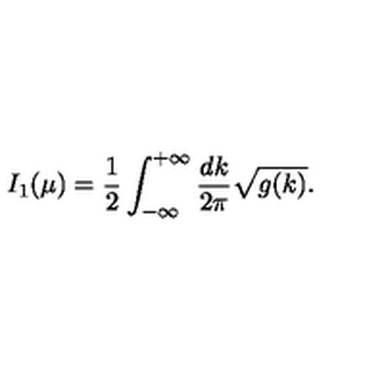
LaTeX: I _ { 1 } ( \mu ) = { \frac { 1 } { 2 } } \int _ { - \infty } ^ { + \infty } \frac { d k } { 2 \pi } { \sqrt { g ( k ) } } .